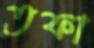
তফা